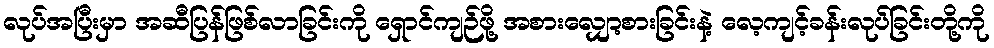
လုပ်အပြီးမှာ အဆီပြန်ဖြစ်လာခြင်းကို ရှောင်ကျဉ်ဖို့ အစားလျှော့စားခြင်းနဲ့ လေ့ကျင့်ခန်းလုပ်ခြင်းတို့ကို